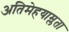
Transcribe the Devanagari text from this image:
अतिमेहयाम्लता